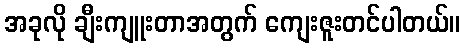
အခုလို ချီးကျူးတာအတွက် ကျေးဇူးတင်ပါတယ်။